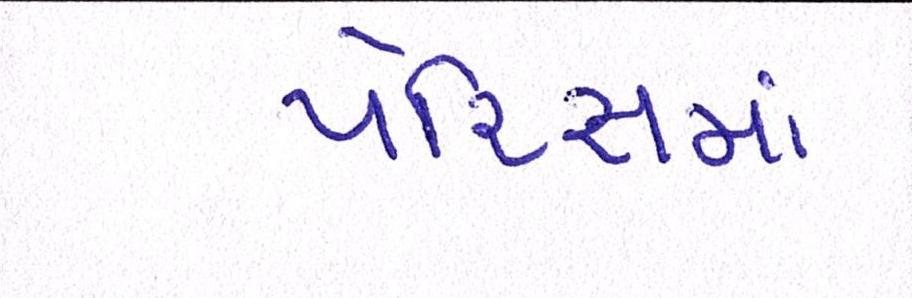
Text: પેરિસમાં